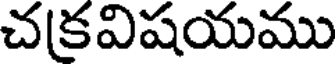
చకవిషయము